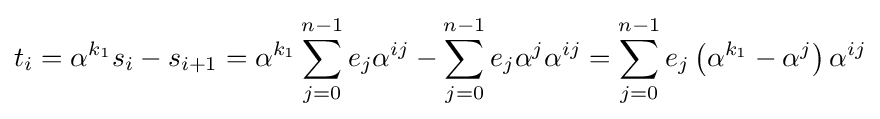
t_{i}=\alpha ^{k_{1}}s_{i}-s_{i+1}=\alpha ^{k_{1}}\sum _{j=0}^{n-1}e_{j}\alpha ^{ij}-\sum _{j=0}^{n-1}e_{j}\alpha ^{j}\alpha ^{ij}=\sum _{j=0}^{n-1}e_{j}\left(\alpha ^{k_{1}}-\alpha ^{j}\right)\alpha ^{ij}